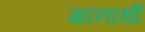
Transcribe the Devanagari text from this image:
ज्ञानार्थी